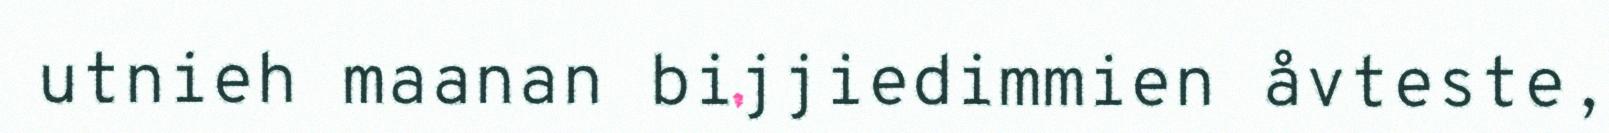
utnieh maanan bijjiedimmien åvteste,